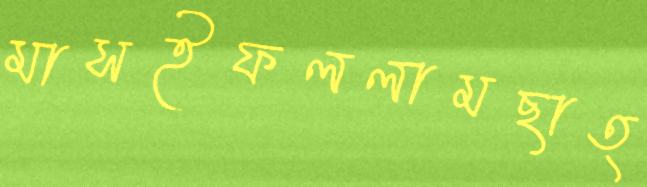
মাসইফললামছাত্